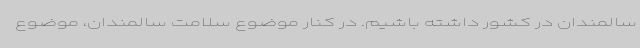
سالمندان در کشور داشته باشیم. در کنار موضوع سلامت سالمندان، موضوع